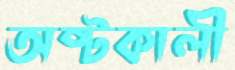
অষ্টকালী